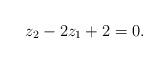
LaTeX: \begin{align*}z_2 - 2 z_1 + 2 = 0. \end{align*}